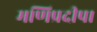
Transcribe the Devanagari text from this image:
मणिप्रदीप।